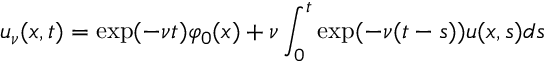
u _ { \nu } ( x , t ) = \exp ( - \nu t ) \varphi _ { 0 } ( x ) + \nu \int _ { 0 } ^ { t } \exp ( - \nu ( t - s ) ) u ( x , s ) d s